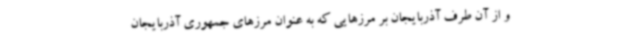
و از آن طرف آذربایجان بر مرزهایی که به عنوان مرزهای جمهوری آذربایجان